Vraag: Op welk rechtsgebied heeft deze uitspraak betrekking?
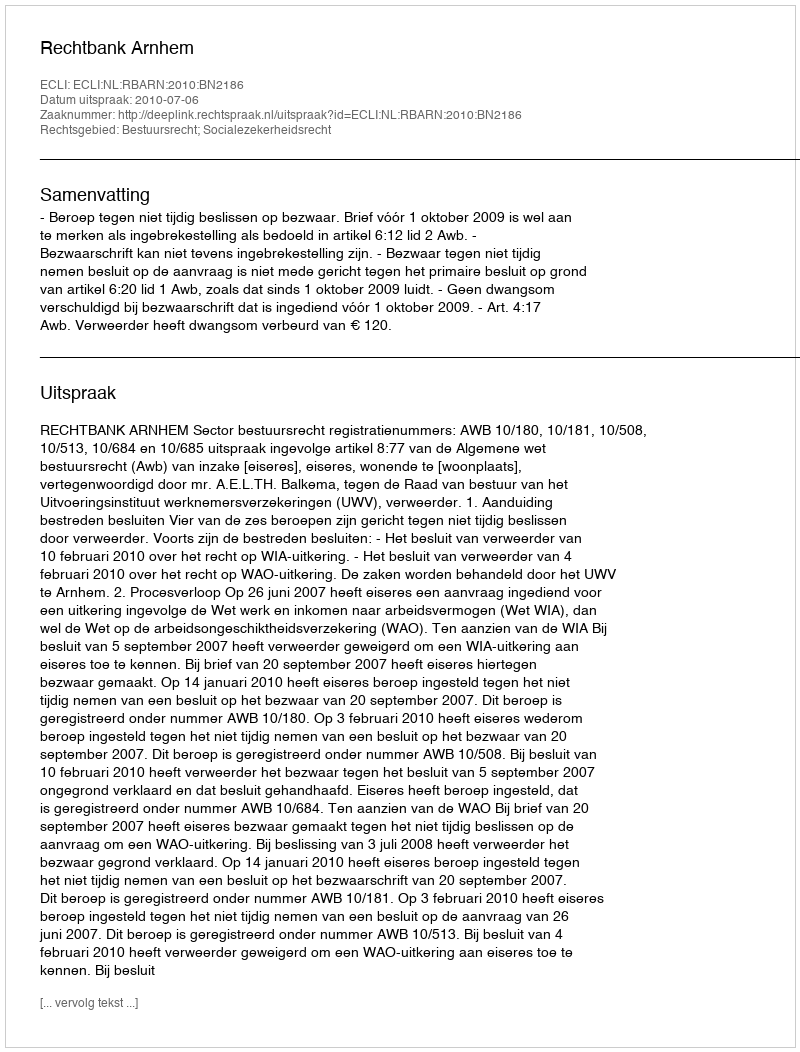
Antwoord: Bestuursrecht; Socialezekerheidsrecht